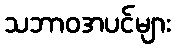
သဘာဝအပင်များ